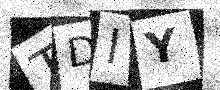
Text: TDIY